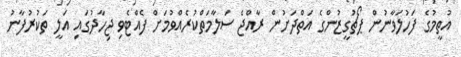
އުތީމުގެ ފަހުލަވާނުން ޕޯޗުގީޒުންގެ އަތްދަށުން ރާއްޖެ ސަލާމަތްކުރެއްވުމަށް ފެއްޓެވި ޖިހާދުގައި އަލީ ތަކުރުފާނު